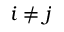
i \neq j